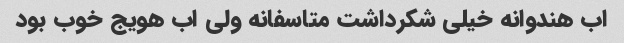
اب هندوانه خیلی شکرداشت متاسفانه ولی اب هویج خوب بود